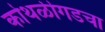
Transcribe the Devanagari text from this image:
कोथळीगडचा